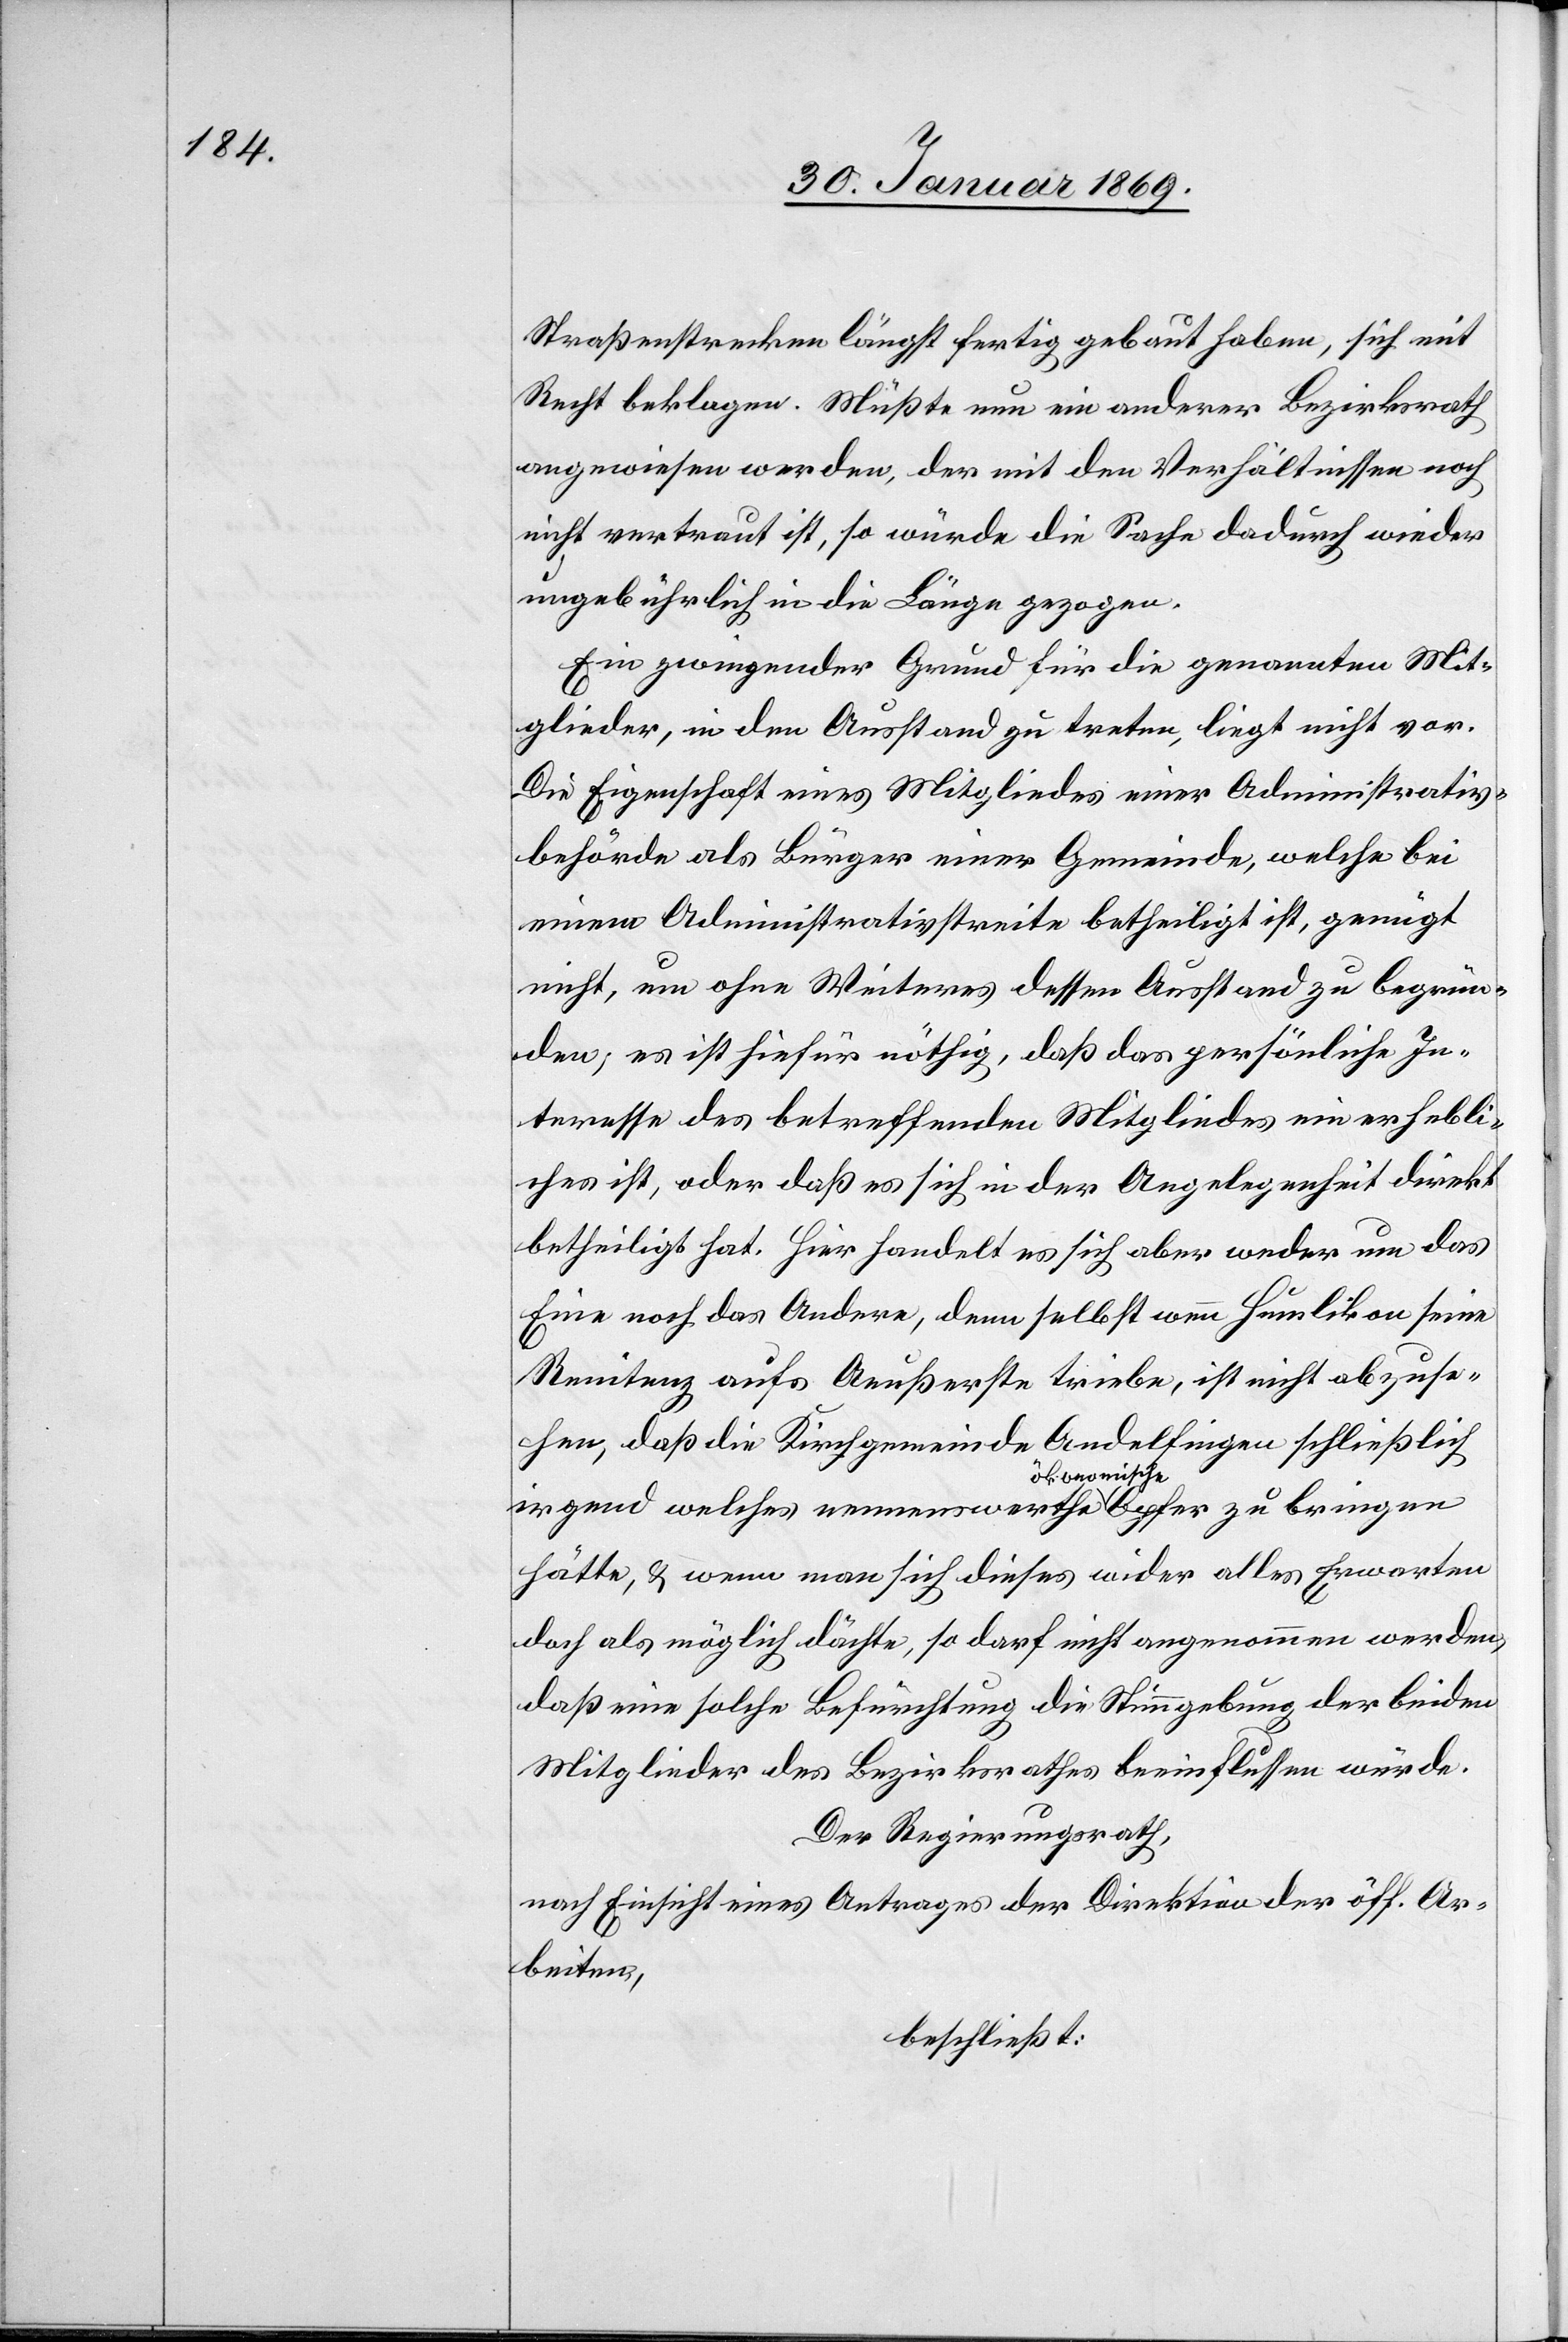
Straßenstrecken längst fertig gebaut haben, sich mit
Recht beklagen. Müsste nun ein anderer Bezirksrath
angewiesen werden, der mit den Verhältnissen noch
nicht vertraut ist, so würde die Sache dadurch wieder
ungebührlich in die Länge gezogen.
Ein zwingender Grund für die genannten Mit¬
glieder, in den Ausstand zu treten, liegt nicht vor.
Die Eigenschaft eines Mitgliedes einer Administrativ¬
behörde als Bürger einer Gemeinde, welche bei
einem Administrativstreite betheiligt ist, genügt
nicht, um ohne Weiteres dessen Ausstand zu begrün¬
den, es ist hiefür nöthig, daß das persönliche In¬
teresse des betreffenden Mitgliedes ein erhebli¬
ches ist, oder daß es sich in der Angelegenheit direkt
betheiligt hat. Hier handelt es sich aber weder um das
Eine noch das Andere, denn selbst wenn Humlikon seine
Renitenz aufs Aeußerste triebe, ist nicht abzuse¬
hen, daß die Kirchgemeinde Andelfingen schließlich
a-ökonomische-a
hätte, u. wenn man sich dieses wider alles Erwarten
doch als möglich dächte, so darf nicht angenommen werden,
daß eine solche Befürchtung die Stimmgebung der beiden
Mitglieder des Bezirksrathes beeinflussen würde.
Der Regierungsrath,
nach Einsicht eines Antrages der Direktion der öff. Ar¬
beiten,
beschließt: